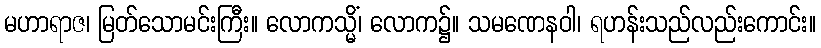
မဟာရာဇ၊ မြတ်သောမင်းကြီး။ လောကသ္မိံ၊ လောက၌။ သမဏေနဝါ၊ ရဟန်းသည်လည်းကောင်း။